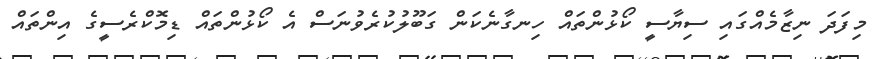
މިފަދަ ނިޒާމެއްގައި ސިޔާސީ ކޯޅުންތައް ހިނގާނެކަން ގަބޫލުކުރެވުނަސް އެ ކޯޅުންތައް ޑިމޮކްރެސީގެ އިންތައް